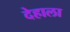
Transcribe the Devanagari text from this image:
देहाला